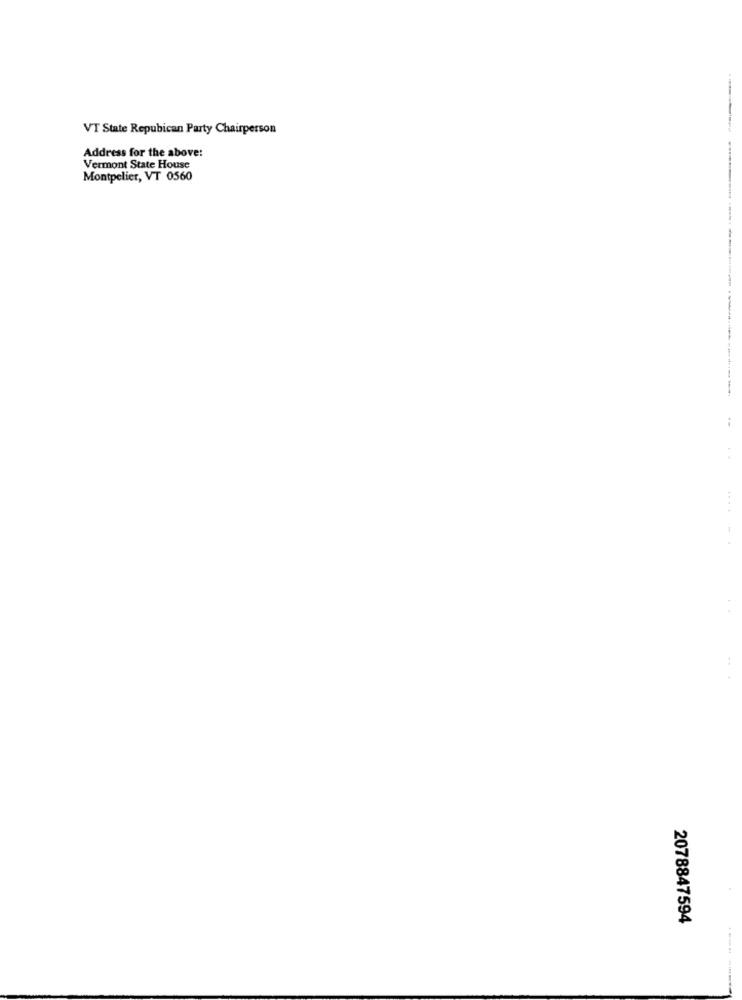
VT State Repubican Party Chairperson
Address for the above:
Vermont State House
Montpelier, VT 0560
2078847594